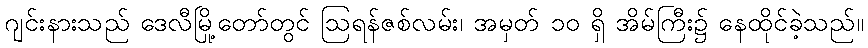
ဂျင်းနားသည် ဒေလီမြို့တော်တွင် ဩရန်ဇစ်လမ်း၊ အမှတ် ၁၀ ရှိ အိမ်ကြီး၌ နေထိုင်ခဲ့သည်။